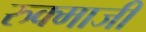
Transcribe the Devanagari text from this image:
रुक्माजी